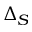
\Delta _ { S }